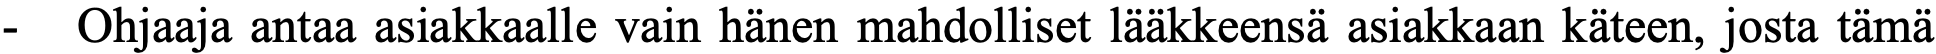
-  Ohjaaja antaa asiakkaalle vain hänen mahdolliset lääkkeensä asiakkaan käteen, josta tämä